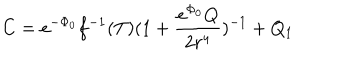
LaTeX: C = e ^ { - \Phi _ { 0 } } f ^ { - 1 } ( T ) ( 1 + \frac { e ^ { \Phi _ { 0 } } Q } { 2 r ^ { 4 } } ) ^ { - 1 } + Q _ { 1 }